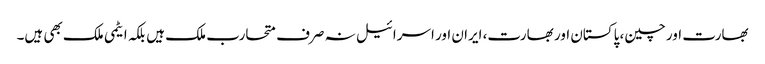
بھارت اور چین، پاکستان اور بھارت، ایران اور اسرائیل نہ صرف متحارب ملک ہیں بلکہ ایٹمی ملک بھی ہیں۔